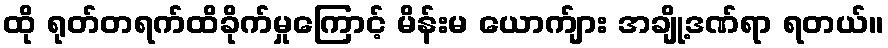
ထို ရုတ်တရက်ထိခိုက်မှုကြောင့် မိန်းမ ယောက်ျား အချို့ဒဏ်ရာ ရတယ်။